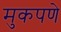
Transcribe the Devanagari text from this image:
मुकपणे